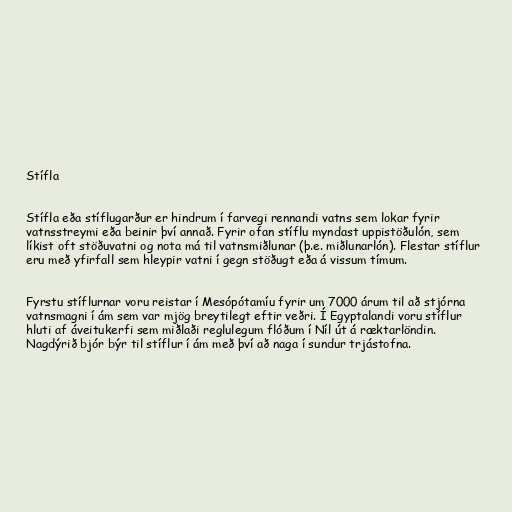
Stífla

Stífla eða stíflugarður er hindrum í farvegi rennandi vatns sem lokar fyrir
vatnsstreymi eða beinir því annað. Fyrir ofan stíflu myndast uppistöðulón, sem
líkist oft stöðuvatni og nota má til vatnsmiðlunar (þ.e. miðlunarlón). Flestar stíflur
eru með yfirfall sem hleypir vatni í gegn stöðugt eða á vissum tímum.

Fyrstu stíflurnar voru reistar í Mesópótamíu fyrir um 7000 árum til að stjórna
vatnsmagni í ám sem var mjög breytilegt eftir veðri. Í Egyptalandi voru stíflur
hluti af áveitukerfi sem miðlaði reglulegum flóðum í Níl út á ræktarlöndin.
Nagdýrið bjór býr til stíflur í ám með því að naga í sundur trjástofna.